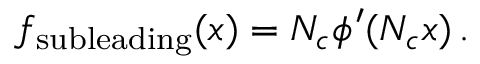
f _ { \mathrm { s u b l e a d i n g } } ( x ) = N _ { c } \phi ^ { \prime } ( N _ { c } x ) \, .